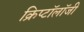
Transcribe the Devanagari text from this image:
क्रिप्टॉलॉजी